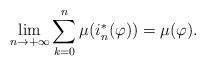
LaTeX: \begin{align*}\lim_{n\to +\infty}\sum_{k=0}^n \mu(i_n^*(\varphi))=\mu(\varphi).\end{align*}